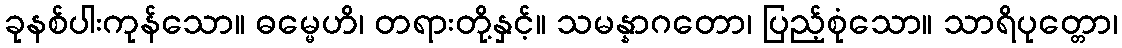
ခုနစ်ပါးကုန်သော။ ဓမ္မေဟိ၊ တရားတို့နှင့်။ သမန္နာဂတော၊ ပြည့်စုံသော။ သာရိပုတ္တော၊